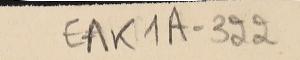
EAK1A - 322